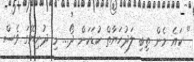
" ކައެ މެން ތިބި ލަދުހަޔާތް ކުޑަކަން ދޯ... މި ދުނިޔޭގަ ވެސް